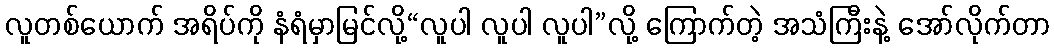
လူတစ်ယောက် အရိပ်ကို နံရံမှာမြင်လို့“လူပါ လူပါ လူပါ”လို့ ကြောက်တဲ့ အသံကြီးနဲ့ အော်လိုက်တာ